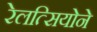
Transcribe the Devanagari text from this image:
रेलत्सियोने